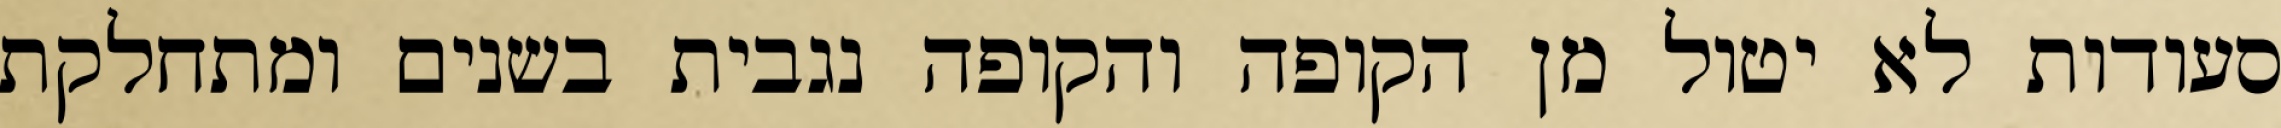
סעודות לא יטול מן הקופה והקופה נגבית בשנים ומתחלקת